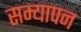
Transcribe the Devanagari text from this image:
सम्यापन